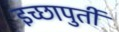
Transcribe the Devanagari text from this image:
इच्छापुर्ती